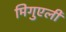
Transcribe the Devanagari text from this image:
मिगुएली